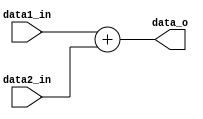
`timescale 1ns / 1ps
//////////////////////////////////////////////////////////////////////////////////
// Company: 
// Engineer: 
// 
// Design Name: 
// Module Name: ADDER
// Project Name: 
// Target Devices: 
// Tool Versions: 
// Description: 
// 
// Dependencies: 
// 
// Revision:
// Revision 0.01 - File Created
// Additional Comments:
// 
//////////////////////////////////////////////////////////////////////////////////


module ADDER(data1_in,data2_in,data_o);

input [31:0] data1_in,data2_in;
output [31:0] data_o;

assign data_o = data1_in + data2_in;

endmodule